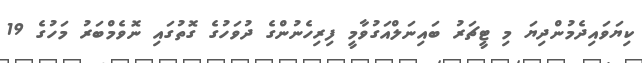
ކިޔަވައިދެމުންދިޔަ މި ޓީޗަރު ބައިނަލްއަގުވާމީ ފިރިހެނުންގެ ދުވަހުގެ ގޮތުގައި ނޮވެމްބަރު މަހުގެ 19